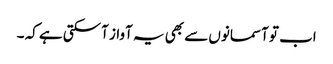
اب تو آسمانوں سے بھی یہ آواز آسکتی ہے کہ ۔